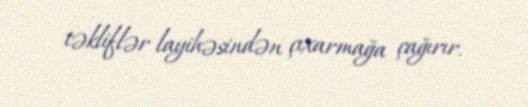
təkliflər layihəsindən çıxarmağa çağırır.